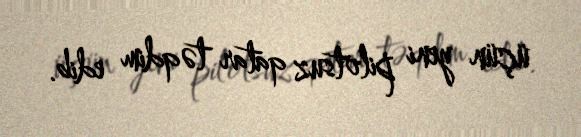
üçün yeni pilotsuz qatar təqdim edib.